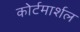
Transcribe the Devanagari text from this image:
कोर्टमार्शल